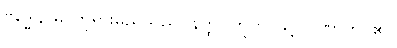
ဗုဒ္ဓေါနာမ၊ ဘုရားမည်သည်။ နတ္ထိ။ ဣတိ၊ သို့။ ဂဏှာတိ၊ ၏။